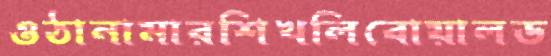
ওঠানামারশিখলিবোয়ালড